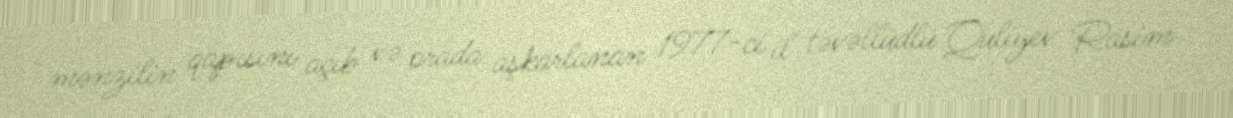
mənzilin qapısını açıb və orada aşkarlanan 1977-ci il təvəllüdlü Quliyev Rasim